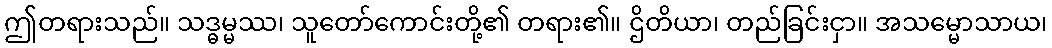
ဤတရားသည်။ သဒ္ဓမ္မဿ၊ သူတော်ကောင်းတို့၏ တရား၏။ ဌိတိယာ၊ တည်ခြင်းငှာ။ အသမ္မောသာယ၊